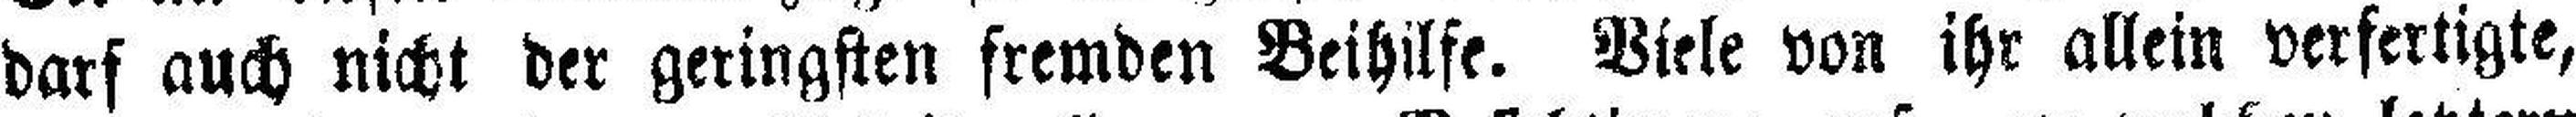
darf auch nicht der geringsten fremden Beihilfe. Viele von ihr allein verfertigte,